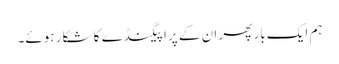
ہم ایک بار پھر ان کے پراپیگنڈے کا شکار ہوئے۔